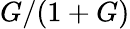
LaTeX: G/(1+G)